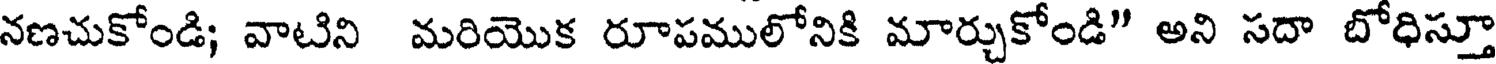
నణచుకోండి; వాటిని మరియొక రూపములోనికి మార్చుకోండి" అని సదా బోధిస్తూ